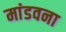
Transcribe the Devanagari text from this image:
मांडवना